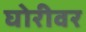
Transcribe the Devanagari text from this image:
घोरीवर